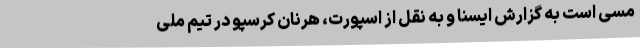
مسی است به گزارش ایسنا و به نقل از اسپورت، هرنان کرسپو در تیم ملی